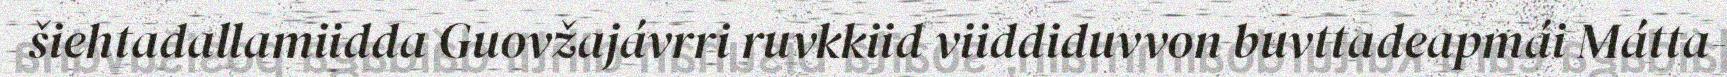
šiehtadallamiidda Guovžajávrri ruvkkiid viiddiduvvon buvttadeapmái Mátta-